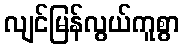
လျင်မြန်လွယ်ကူစွာ